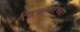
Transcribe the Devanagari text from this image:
विक्रमांच्या